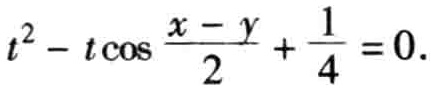
\(t^{2}-t\cos\frac{x - y}{2}+\frac{1}{4}=0.\)